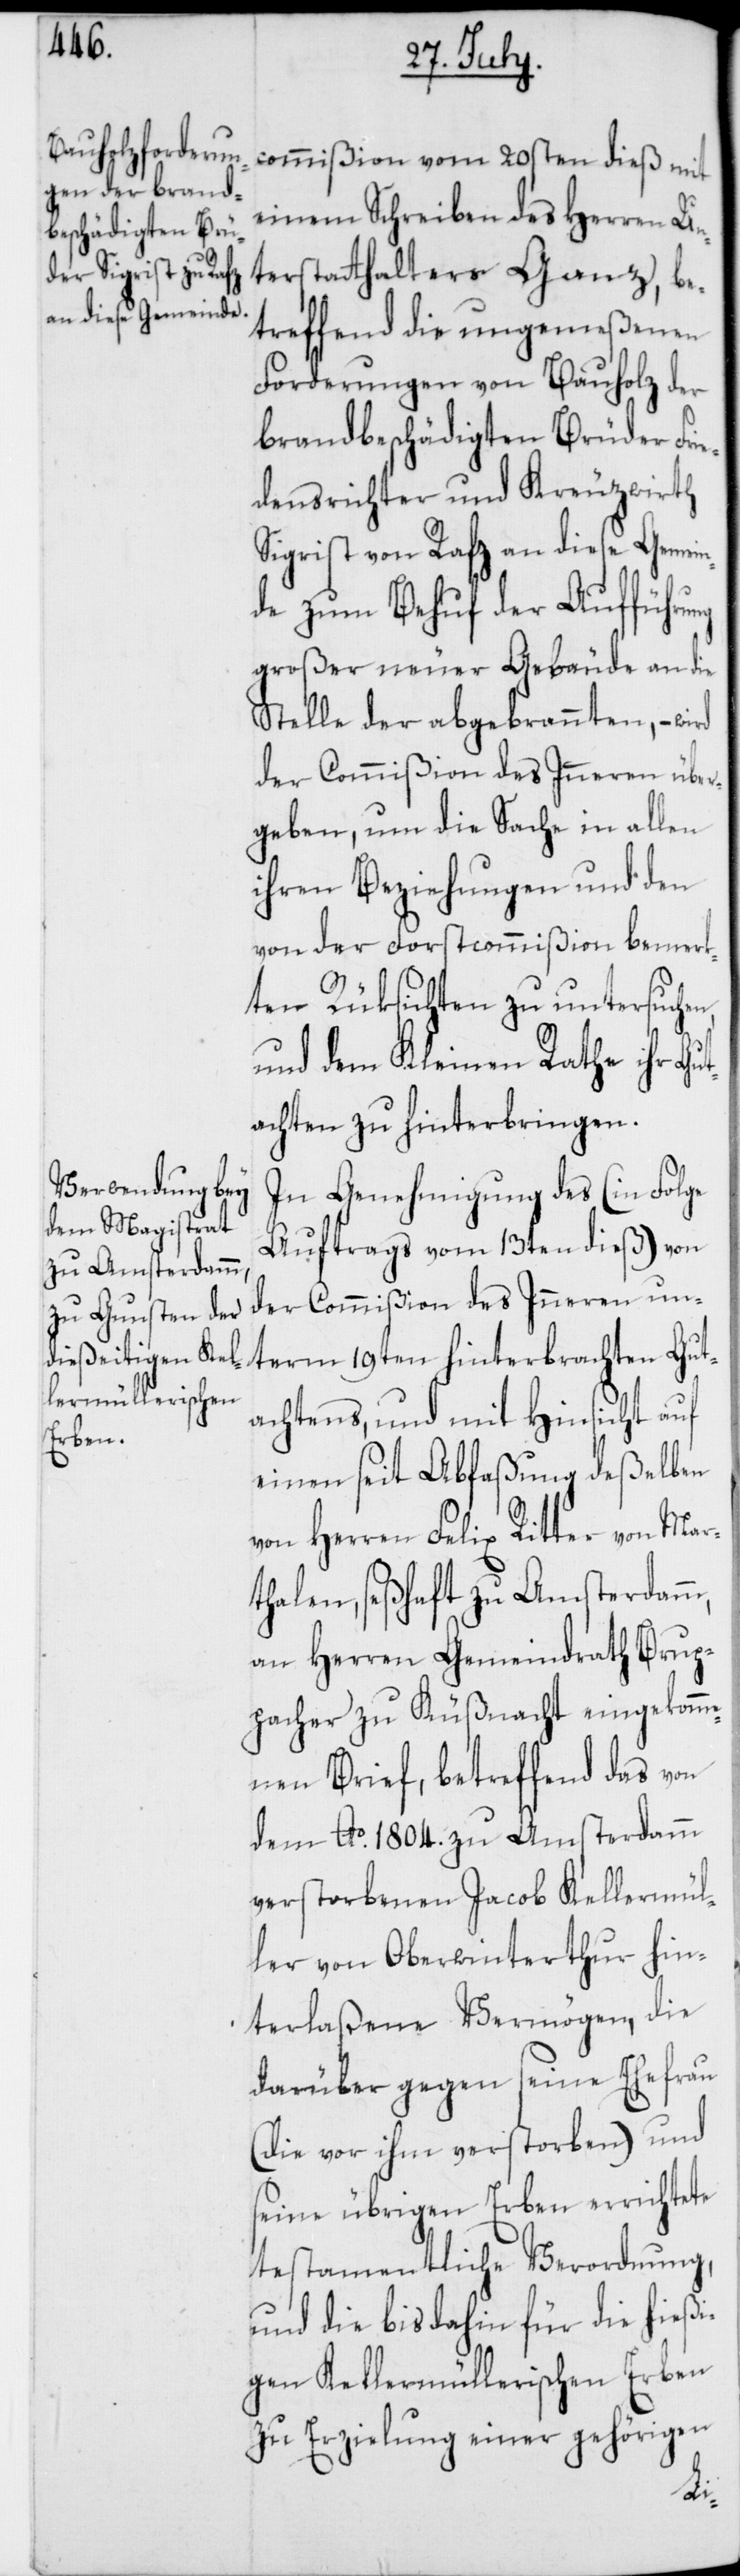
einem Schreiben des Herren Un¬
terstatthalter Ganz, be¬
treffend die ungemeßenen
Forderungen von Bauholz der
brandbeschädigten Brüder Fri¬
edensrichter und Kreuzwirth
Sigrist von Rafz an diese Gemei¬
nde zum Behuf der Aufführung
großer neuer Gebäude an die
Stelle der abgebrannten, – wird
der Commißion des Inneren über¬
geben, um die Sache in allen
ihren Beziehungen und den
von der Forstcommißion bemerk¬
ten Rüksichten zu untersuche¬
und dem Kleinen Rathe ihr Gu¬
tachten zu hinterbringen.
In Genehmigung des (in Folge
Auftrags vom 13ten dieß) von
der Commißion des Inneren un¬
vom 20sten dieß
term 19ten hinterbrachten Gut¬
achtens, und mit Hinsicht auf
einen seit Abfaßung deßelben
von Herren Felix Ritter von Mar¬
thalen, seßhaft zu Amsterdamm,
an Herren Gemeindrath Brup¬
pacher zu Küßnacht eingekomm¬
enen Brief, betreffend das von
dem Ao 1804. zu Amsterdamm
verstorbenen Jacob Kellermül¬
ler von Oberwinterthur hin¬
terlaßene Vermögen, die
darüber gegen seine Ehefrau
(die vor ihm verstorben) und
seine übrigen Erben errichtete
testamentliche Verordnung,
und die bis dahin für die hießi¬
gen Kellermüllerischen Erben
zu Erzielung einer gehörigen
n,